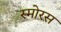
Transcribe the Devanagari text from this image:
स्मोरस